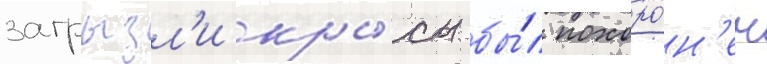
загрызл'и кры́сы бы́л похоро́н'ен